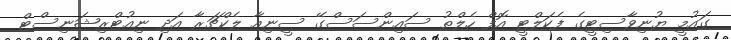
ގައުމީ ޔުނިވާސިޓީގެ ފެކަލްޓީ އޮފް ހެލްތު ސައިންސަސްގޭ ސީނިއާ ލެކްޗަރާ އަދި ނިއުޓްރިޝަނިސްޓް